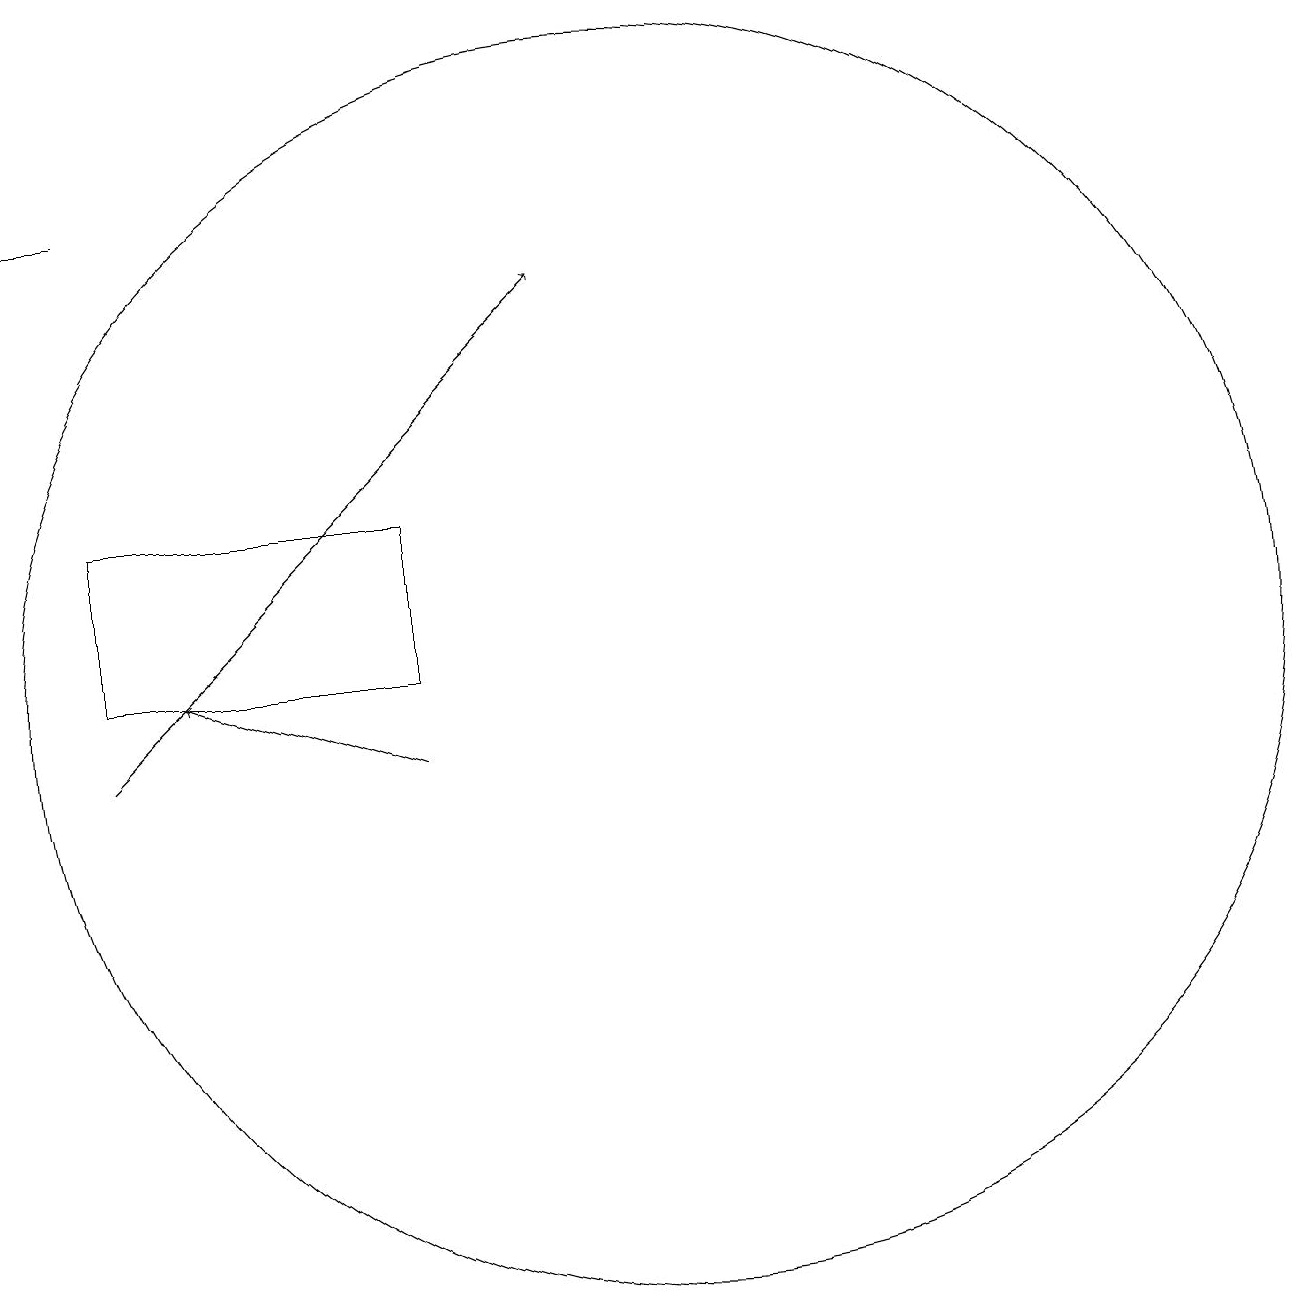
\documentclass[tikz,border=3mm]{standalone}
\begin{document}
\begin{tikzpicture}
\draw[->] (7,11) -- (4,12);
\draw (10,12) circle (8);
\draw (11,11) circle (0);
\draw[->] (3,11) -- (9,17);
\draw (3,18) rectangle (2,18);
\draw (7,12) rectangle (3,14);
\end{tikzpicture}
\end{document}